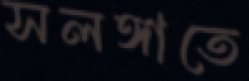
সলঙ্গাতে